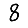
Digit: 8